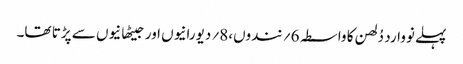
پہلے نووارد دُلھن کا واسطہ 6؍ نندوں،8؍ دیورانیوں اور جیٹھانیوں سے پڑتا تھا۔